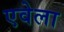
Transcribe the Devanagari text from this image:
एवेला